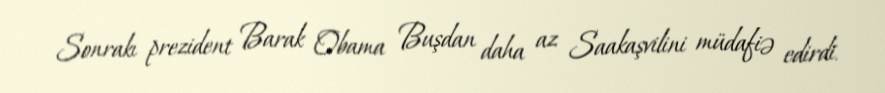
Sonrakı prezident Barak Obama Buşdan daha az Saakaşvilini müdafiə edirdi.